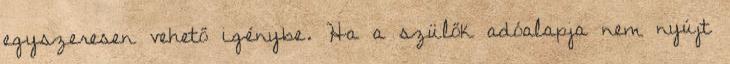
egyszeresen vehető igénybe. Ha a szülők adóalapja nem nyújt